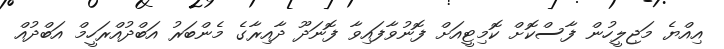
އިއްޔެ މަޖިލީހުން ފާސްކޮށް ކޮމިޓީއަށް ފޮނުވާފައިވާ ފޮނަދޫ ދާއިރާގެ މެންބަރު އަބްދުއްރަހީމް އަބްދުއް